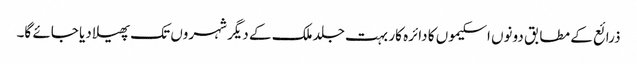
ذرائع کے مطابق دونوں اسکیموں کا دائرہ کار بہت جلد ملک کے دیگر شہروں تک پھیلا دیا جائے گا۔